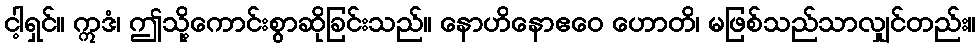
ငါ့ရှင်။ ဣဒံ၊ ဤသို့ကောင်းစွာဆိုခြင်းသည်။ နောဟိနောဧဝေ ဟောတိ၊ မဖြစ်သည်သာလျှင်တည်း။